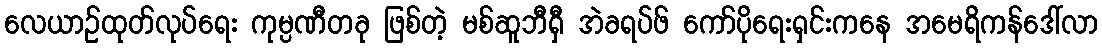
လေယာဉ်ထုတ်လုပ်ရေး ကုမ္ပဏီတခု ဖြစ်တဲ့ မစ်ဆူဘီရှီ အဲခရပ်ဖ် ကော်ပိုရေးရှင်းကနေ အမေရိကန်ဒေါ်လာ